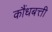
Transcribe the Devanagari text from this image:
कौंधबत्ती